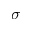
\sigma